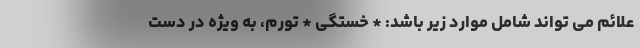
علائم می تواند شامل موارد زیر باشد: * خستگی * تورم، به ویژه در دست